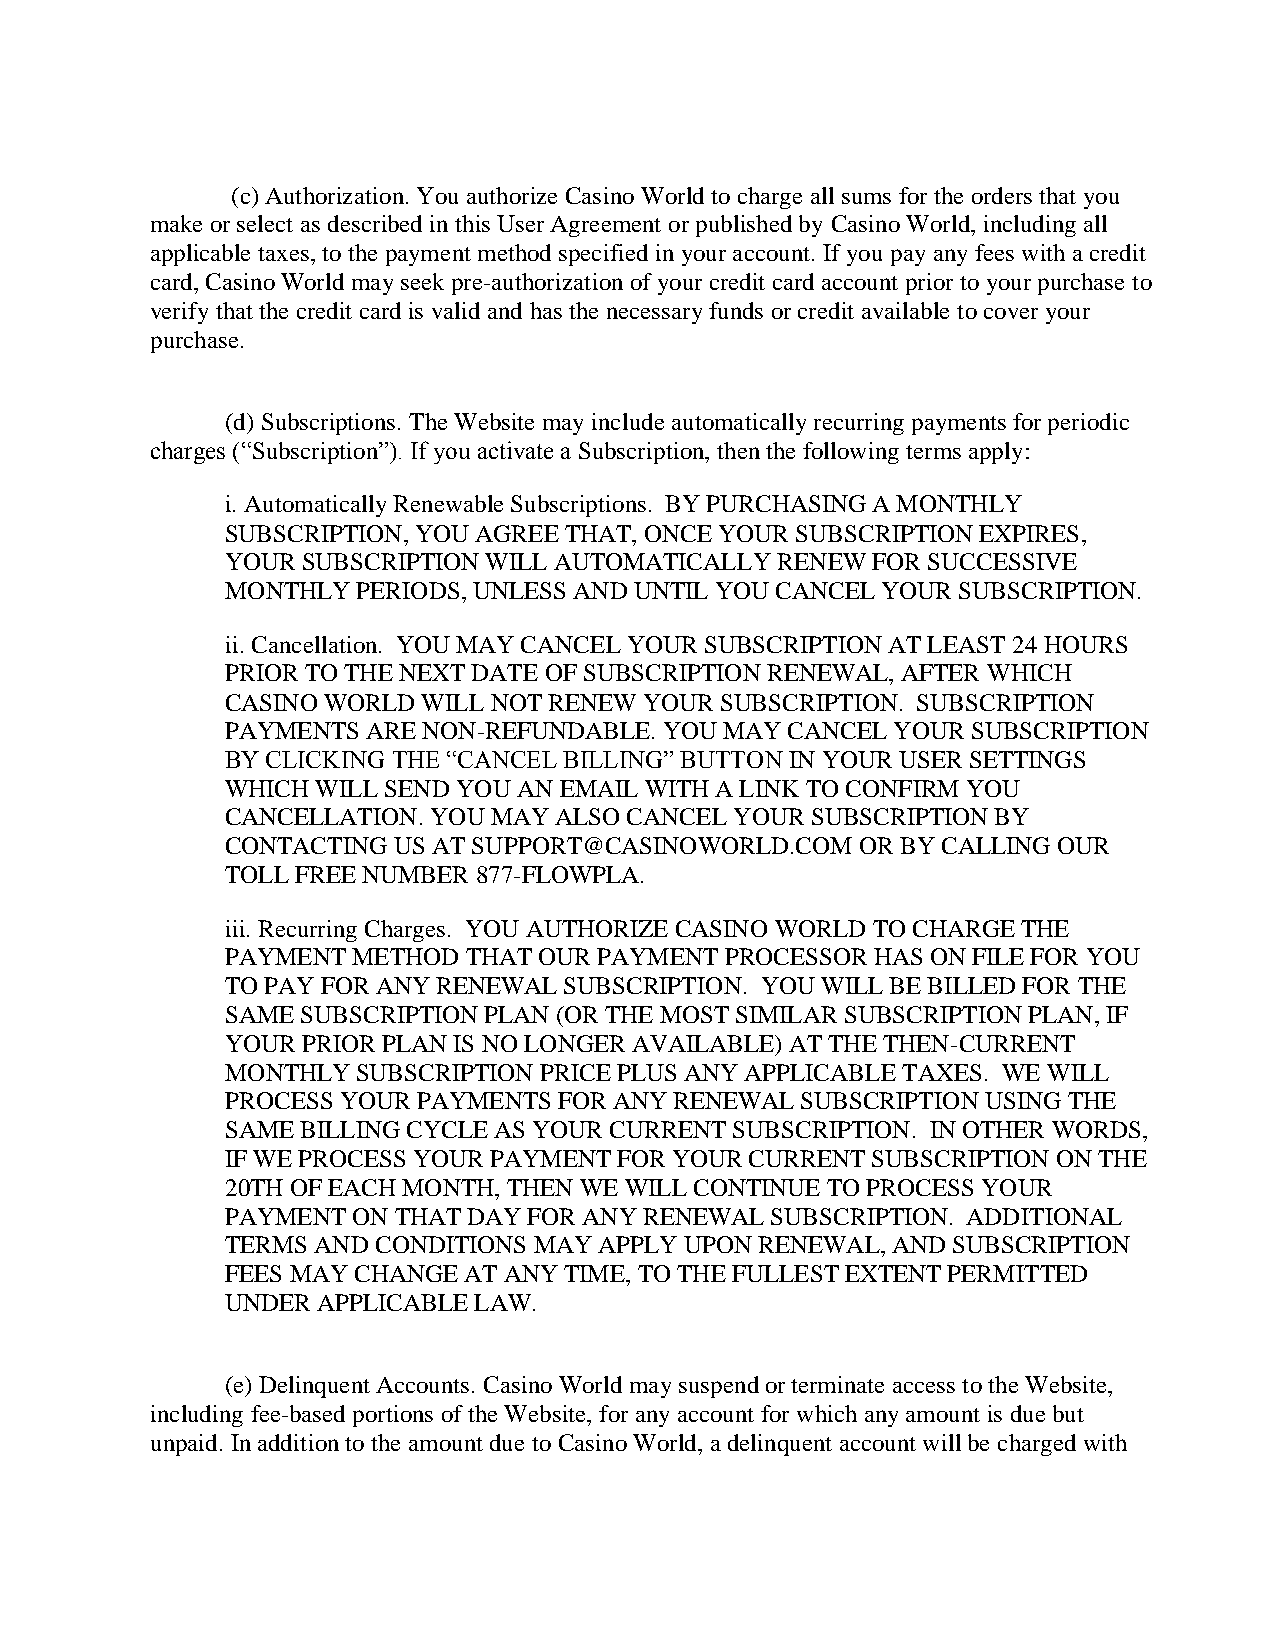
(c) Authorization. You authorize Casino World to charge all sums for the orders that you
 make or select as described in this User Agreement or published by Casino World, including all
 applicable taxes, to the payment method specified in your account. If you pay any fees with a credit
 card, Casino World may seek pre-authorization of your credit card account prior to your purchase to
 verify that the credit card is valid and has the necessary funds or credit available to cover your
 purchase.
 (d) Subscriptions. The Website may include automatically recurring payments for periodic
 charges (“Subscription”). If you activate a Subscription, then the following terms apply:
 i. Automatically Renewable Subscriptions. BY PURCHASING A MONTHLY
 SUBSCRIPTION, YOU AGREE THAT, ONCE YOUR SUBSCRIPTION EXPIRES,
 YOUR SUBSCRIPTION WILL AUTOMATICALLY RENEW FOR SUCCESSIVE
 MONTHLY  PERIODS, UNLESS AND UNTIL YOU CANCEL YOUR SUBSCRIPTION.
 ii. Cancellation. YOU MAY CANCEL YOUR SUBSCRIPTION AT LEAST 24 HOURS
 PRIOR TO THE NEXT DATE OF SUBSCRIPTION RENEWAL, AFTER WHICH
 CASINO WORLD WILL NOT RENEW YOUR SUBSCRIPTION. SUBSCRIPTION
 PAYMENTS ARE NON-REFUNDABLE. YOU MAY CANCEL YOUR SUBSCRIPTION
 BY CLICKING THE “CANCEL BILLING” BUTTON IN YOUR USER SETTINGS
 WHICH WILL SEND YOU AN EMAIL WITH A LINK TO CONFIRM YOU
 CANCELLATION. YOU MAY ALSO CANCEL YOUR SUBSCRIPTION BY
 CONTACTING US AT SUPPORT@CASINOWORLD.COM  OR BY CALLING OUR
 TOLL FREE NUMBER 877-FLOWPLA.
 iii. Recurring Charges. YOU AUTHORIZE CASINO WORLD TO CHARGE THE
 PAYMENT METHOD  THAT OUR PAYMENT PROCESSOR HAS ON FILE FOR YOU
 TO PAY FOR ANY RENEWAL SUBSCRIPTION. YOU WILL BE BILLED FOR THE
 SAME SUBSCRIPTION PLAN (OR THE MOST SIMILAR SUBSCRIPTION PLAN, IF
 YOUR PRIOR PLAN IS NO LONGER AVAILABLE) AT THE THEN-CURRENT
 MONTHLY  SUBSCRIPTION PRICE PLUS ANY APPLICABLE TAXES. WE WILL
 PROCESS YOUR PAYMENTS FOR ANY RENEWAL SUBSCRIPTION USING THE
 SAME BILLING CYCLE AS YOUR CURRENT SUBSCRIPTION. IN OTHER WORDS,
 IF WE PROCESS YOUR PAYMENT FOR YOUR CURRENT SUBSCRIPTION ON THE
 20TH OF EACH MONTH, THEN WE WILL CONTINUE TO PROCESS YOUR
 PAYMENT ON THAT DAY FOR ANY RENEWAL SUBSCRIPTION. ADDITIONAL
 TERMS AND CONDITIONS MAY APPLY UPON RENEWAL, AND SUBSCRIPTION
 FEES MAY CHANGE AT ANY TIME, TO THE FULLEST EXTENT PERMITTED
 UNDER APPLICABLE LAW.
 (e) Delinquent Accounts. Casino World may suspend or terminate access to the Website,
 including fee-based portions of the Website, for any account for which any amount is due but
 unpaid. In addition to the amount due to Casino World, a delinquent account will be charged with